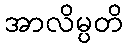
အာလိမ္ပတိ